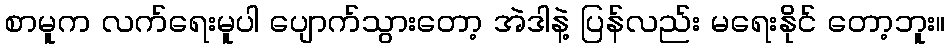
စာမူက လက်ရေးမူပါ ပျောက်သွားတော့ အဲဒါနဲ့ ပြန်လည်း မရေးနိုင် တော့ဘူး။